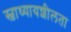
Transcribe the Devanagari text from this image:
स्वाध्यायशीलता